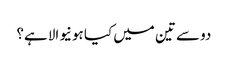
دو سے تین میں کیا ہونیوالا ہے؟